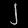
Digit: ၂